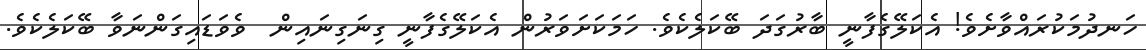
ހަނދުމަކުރައްވާށެވެ! އެކަލޭގެފާނީ ބާރުގަދަ ބޭކަލެކެވެ. ހަމަކަށަވަރުން އެކަލޭގެފާނީ ގިނަގިނައިން  ވެވަޑައިގަންނަވާ ބޭކަލެކެވެ.